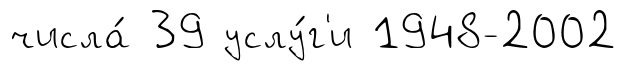
числа́ 39 услу́г'и 1948-2002